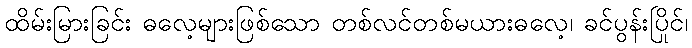
ထိမ်းမြားခြင်း ဓလေ့များဖြစ်သော တစ်လင်တစ်မယားဓလေ့၊ ခင်ပွန်းပြိုင်၊